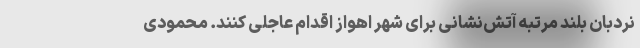
نردبان بلند مرتبه آتش‌نشانی برای شهر اهواز اقدام عاجلی کنند. محمودی